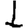
Digit: 1